Civil Veterinary Department. Madras. Admin. report 1910-25 - 1910-1925
Year: 1910
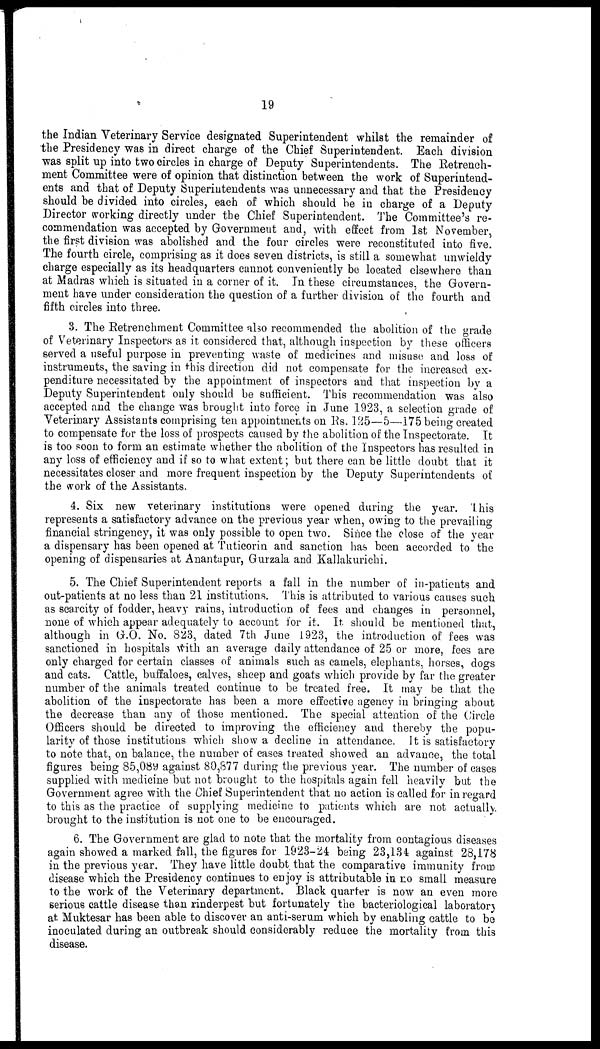
19
the Indian Veterinary Service designated Superintendent whilst the remainder of
the Presidency was in direct charge of the Chief Superintendent. Each division
was split up into two circles in charge of Deputy Superintendents. The Retrench-
ment Committee were of opinion that distinction between the work of Superintend-
ents and that of Deputy Superintendents was unnecessary and that the Presidency
should he divided into circles, each of which should be in charge of a Deputy
Director working directly under the Chief Superintendent. The Committee's re-
commendation was accepted by Government and, with effect from 1st November,
the first division was abolished and the four circles were reconstituted into five.
The fourth circle, comprising as it does seven districts, is still a somewhat unwieldy
charge especially as its headquarters cannot conveniently be located elsewhere than
at Madras which is situated in a corner of it. In these circumstances, the Govern-
ment have under consideration the question of a further division of the fourth and
fifth circles into three.
3. The Retrenchment Committee also recommended the abolition of the grade
of Veterinary Inspectors as it considered that, although inspection by these officers
served a useful purpose in preventing waste of medicines and misuse and loss of
instruments, the saving in this direction did not compensate for the increased ex-
penditure necessitated by the appointment of inspectors and that inspection by a
Deputy Superintendent only should be sufficient. This recommendation was also
accepted and the change was brought into force in June 1923, a selection grade of
Veterinary Assistants comprising ten appointments on Rs. 125—5—175 being created
to compensate for the loss of prospects caused by the abolition of the Inspectorate. It
is too soon to form an estimate whether the abolition of the Inspectors has resulted in
any loss of efficiency and if so to what extent; but there can be little doubt that it
necessitates closer and more frequent inspection by the Deputy Superintendents of
the work of the Assistants.
4. Six new veterinary institutions were opened during the year. This
represents a satisfactory advance on the previous year when, owing to the prevailing
financial stringency, it was only possible to open two. Since the close of the year
a dispensary has been opened at Tuticorin and sanction has been accorded to the
opening of dispensaries at Anantapur, Gurzala and Kallakurichi.
5. The Chief Superintendent reports a fall in the number of in-patients and
out-patients at no less than 21 institutions. This is attributed to various causes such
as scarcity of fodder, heavy rains, introduction of fees and changes in personnel,
none of which appear adequately to account for it. It should be mentioned that,
although in G.O. No. 823, dated 7th June 1923, the introduction of fees was
sanctioned in hospitals with an average daily attendance of 25 or more, fees are
only charged for certain classes of animals such as camels, elephants, horses, dogs
and cats. Cattle, buffaloes, calves, sheep and goats which provide by far the greater
number of the animals treated continue to be treated free. It may be that the
abolition of the inspectorate has been a more effective agency in bringing about
the decrease than any of those mentioned. The special attention of the Circle
Officers should be directed to improving the efficiency and thereby the popu-
larity of those institutions which show a decline in attendance. It is satisfactory
to note that, on balance, the number of cases treated showed an advance, the total
figures being 85,089 against 80,877 during the previous year. The number of cases
supplied with medicine but not brought to the hospitals again fell heavily but the
Government agree with the Chief Superintendent that no action is called for in regard
to this as the practice of supplying medicine to patients which are not actually
brought to the institution is not one to be encouraged.
6. The Government are glad to note that the mortality from contagious diseases
again showed a marked fall, the figures for 1923-24 being 23,134 against 28,178
in the previous year. They have little doubt that the comparative immunity from
disease which the Presidency continues to enjoy is attributable in no small measure
to the work of the Veterinary department. Black quarter is now an even more
serious cattle disease than rinderpest but fortunately the bacteriological laboratory
at Muktesar has been able to discover an anti-serum which by enabling cattle to be
inoculated during an outbreak should considerably reduce the mortality from this
disease.